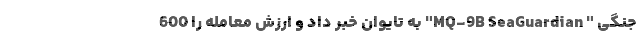
جنگی " MQ-9B SeaGuardian" به تایوان خبر داد و ارزش معامله را 600